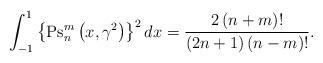
LaTeX: \begin{align*}\int_{-1}^{1}{\left\{ {\operatorname{Ps}_{n}^{m}\left( {x,\gamma^{2}}\right) }\right\} ^{2}dx}=\frac{2\left( {n+m}\right) !}{\left({2n+1}\right) \left( {n-m}\right) !}. \end{align*}